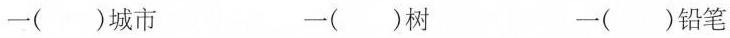
一（）城市 一（）树 一（）铅笔